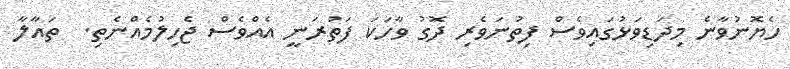
ހެޔޮނުވާނެ މިދަޑިވަޅުގައިވެސް ފިތުނަވެރި ދޮގު ވާހަކަ ފަތުރަނީ އެއްވެސް ޖެހިލުމެއްނެތި.  ތައާލާ